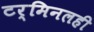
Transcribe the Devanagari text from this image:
टर्मिनलही